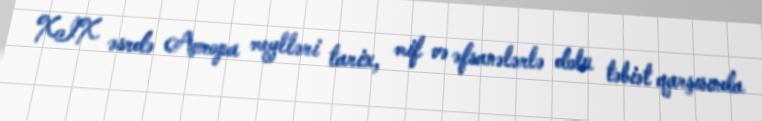
XIX əsrdə Avropa meylləri tarix, mif və əfsanələrlə dolu təbiət qarşısında